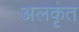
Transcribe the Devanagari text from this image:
अलकृंत